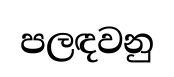
පලඳවනු